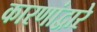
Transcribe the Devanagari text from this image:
कारणांद्वारे